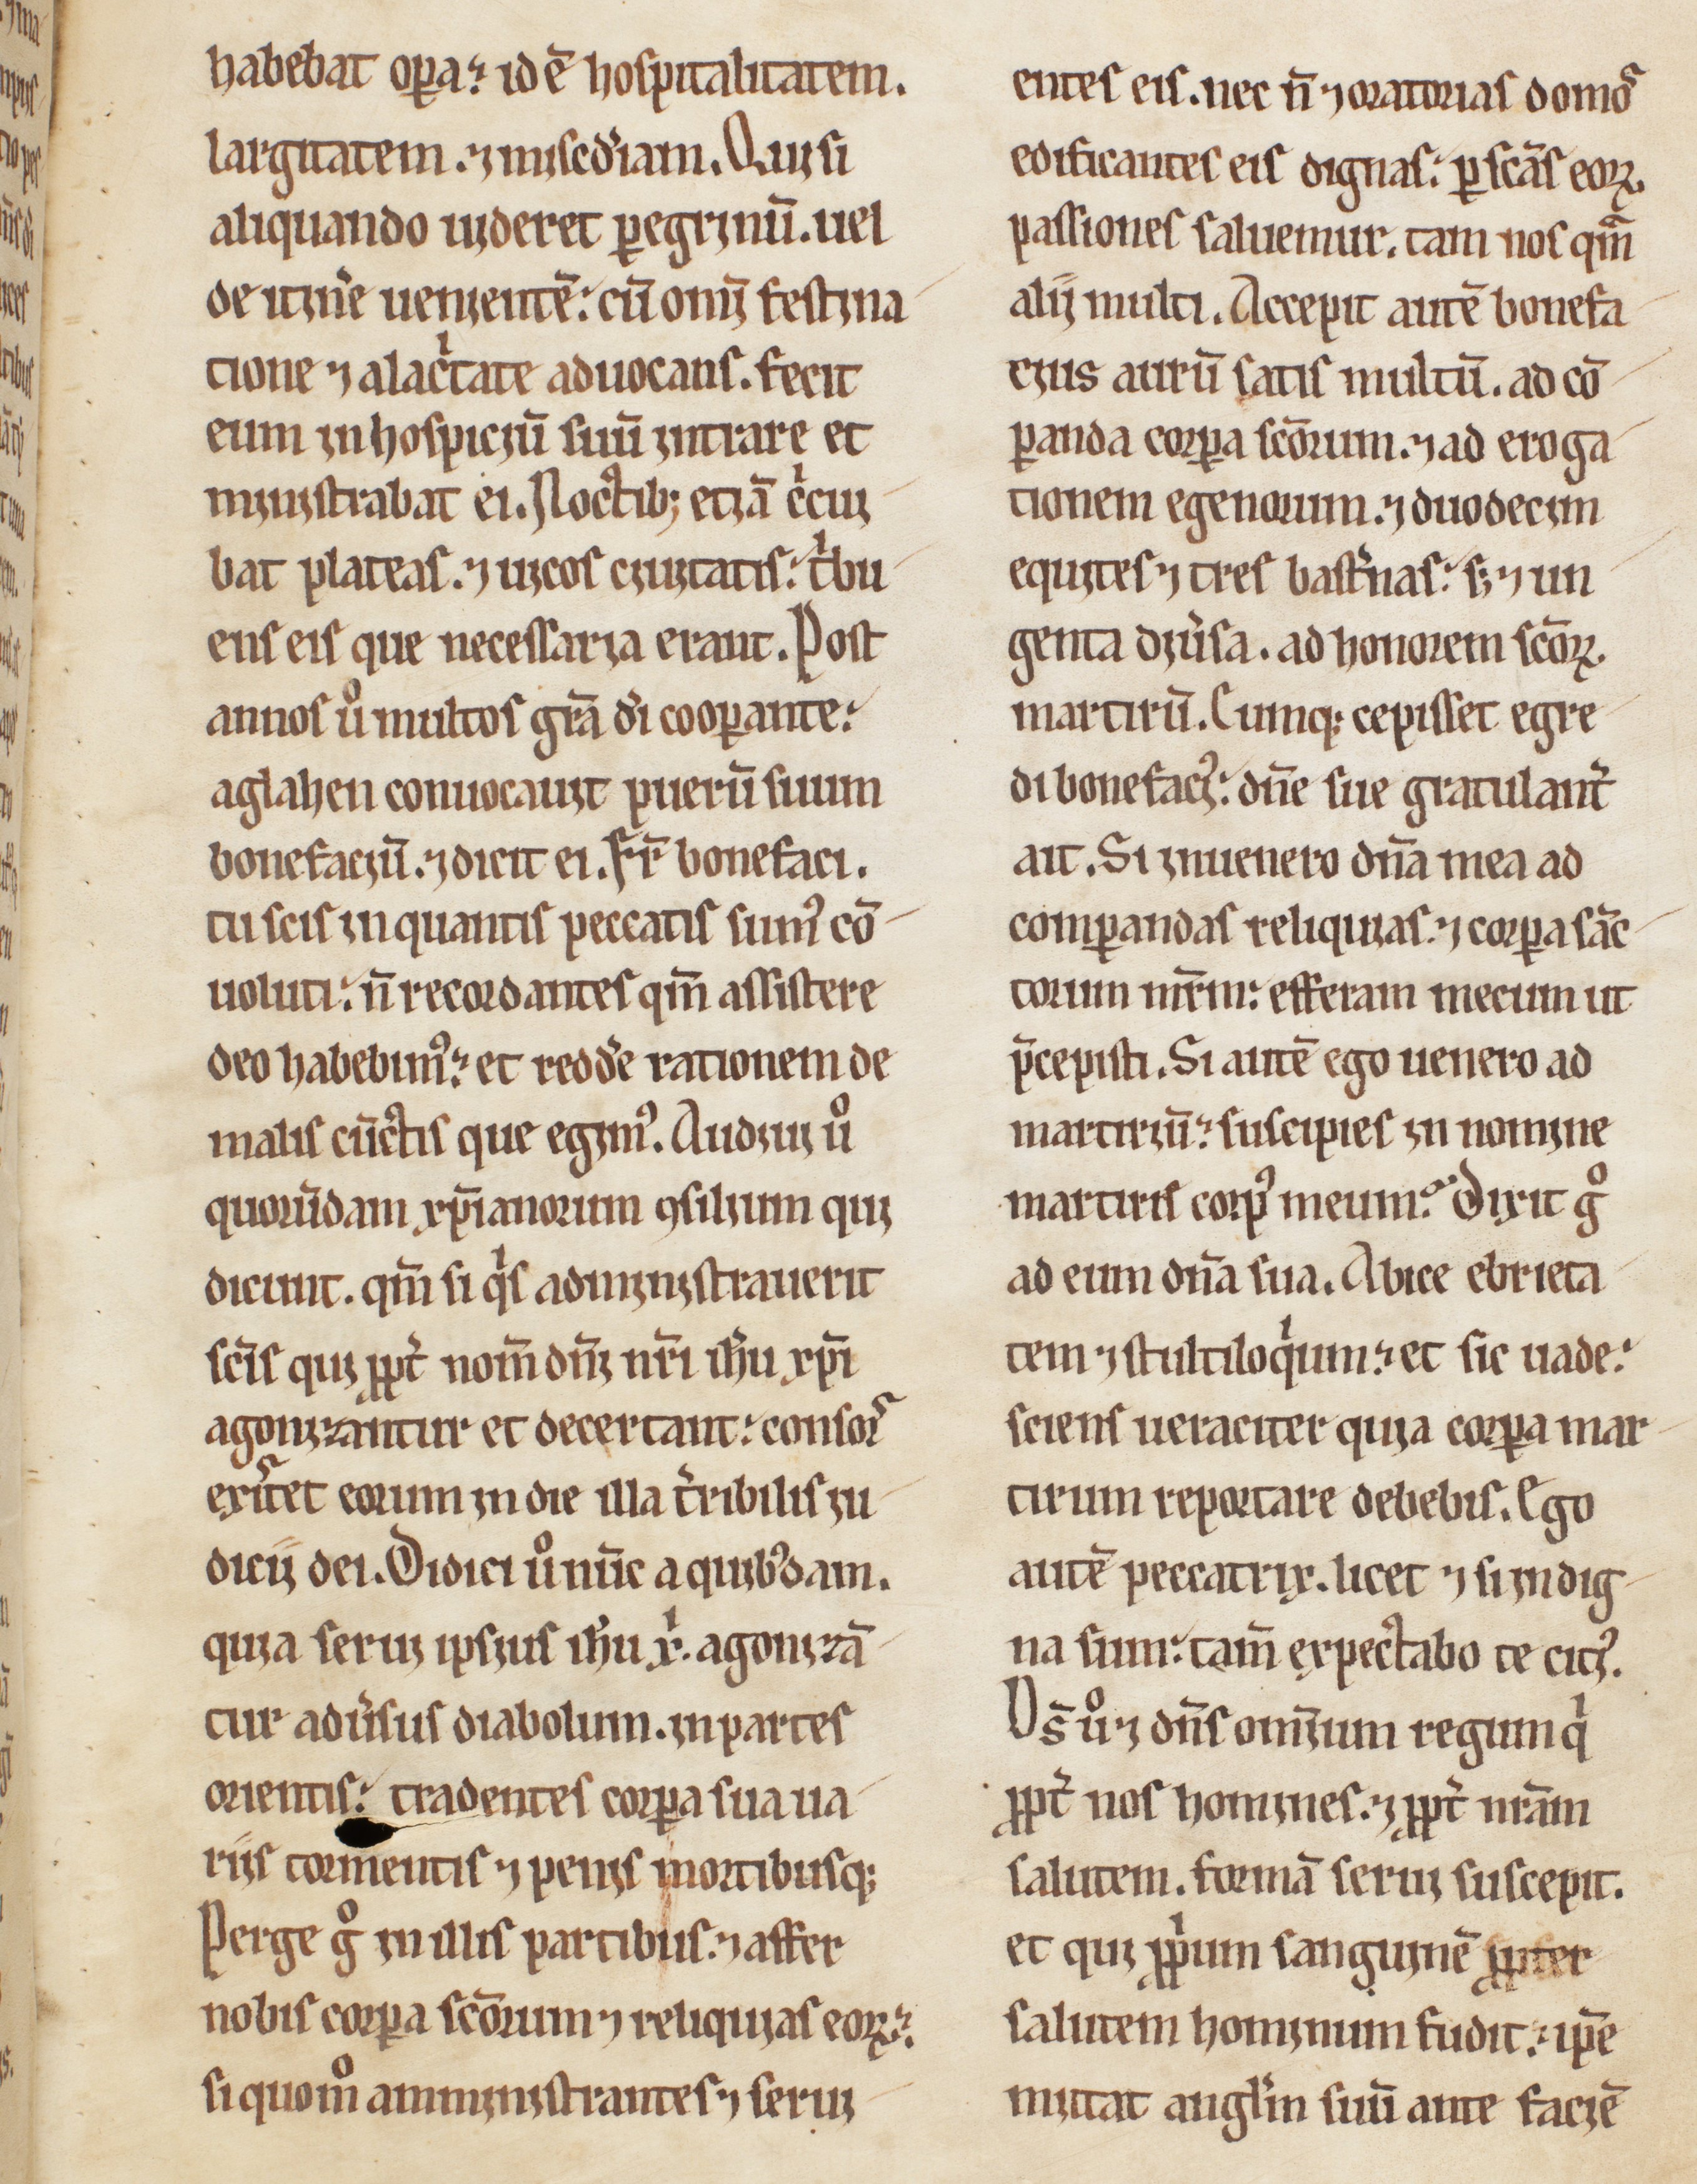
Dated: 1200–1230